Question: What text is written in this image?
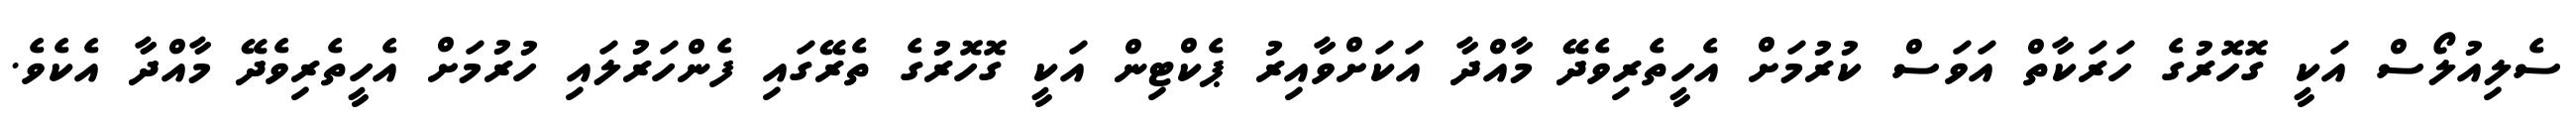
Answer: ސެލިއުލޯސް އަކީ ގޮހޮރުގެ ހަރަކާތް އަވަސް ކުރުމަށް އެހީތެރިވެދޭ މާއްދާ އަކަށްވާއިރު ޕެކްޓިން އަކީ ގޮހޮރުގެ ތެރޭގައި ފެންހަރުލައި ހުރުމަށް އެހީތެރިވެދޭ މާއްދާ އެކެވެ.